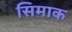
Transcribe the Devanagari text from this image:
सिमाक